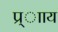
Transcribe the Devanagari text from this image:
प्र्ााय